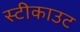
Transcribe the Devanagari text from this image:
स्टीकाउट